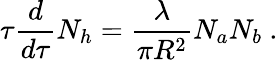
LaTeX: \tau{\frac{d}{d\tau}}N_{h}={\frac{\lambda}{\pi R^{2}}}N_{a}N_{b}\ .